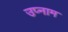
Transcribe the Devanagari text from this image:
उप्नाम